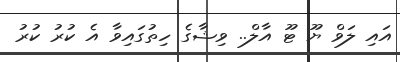
އައި ލަވް ޔޫ ޓޫ އާލް.. ވިޝާގެ ހިތުގައިވާ އެ ކުރު ކުރު